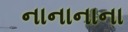
નાનાનાના